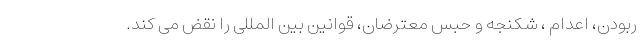
ربودن، اعدام ، شکنجه و حبس معترضان، قوانین بین المللی را نقض می کند.